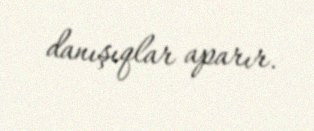
danışıqlar aparır.